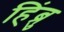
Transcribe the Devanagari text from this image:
हिंब्रु